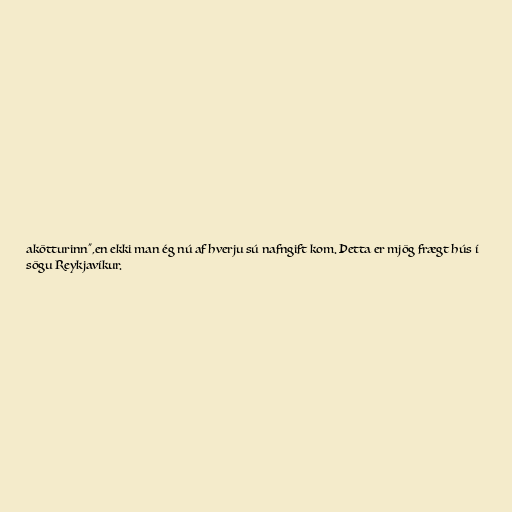
akötturinn",en ekki man ég nú af hverju sú nafngift kom. Þetta er mjög frægt hús í
sögu Reykjavíkur.